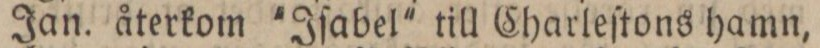
Jan. återkom 'Iſabel' till Charleſtons hamn,